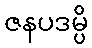
ဇနပဒမ္ပိ